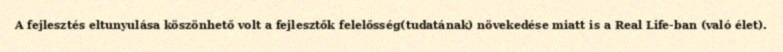
A fejlesztés eltunyulása köszönhető volt a fejlesztők felelősség(tudatának) növekedése miatt is a Real Life-ban (való élet).